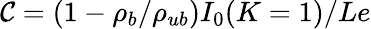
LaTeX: \mathcal{C}=(1-\rho_{b}/\rho_{ub})I_{0}(K=1)/Le